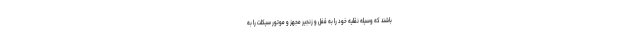
باشند که وسیله نقلیه خود را به قفل و زنجیر مجهز و موتور سیکلت را به